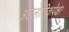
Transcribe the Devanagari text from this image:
अटलांटिकपेक्षा